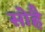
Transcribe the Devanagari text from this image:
सोहै